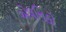
એલનિકો